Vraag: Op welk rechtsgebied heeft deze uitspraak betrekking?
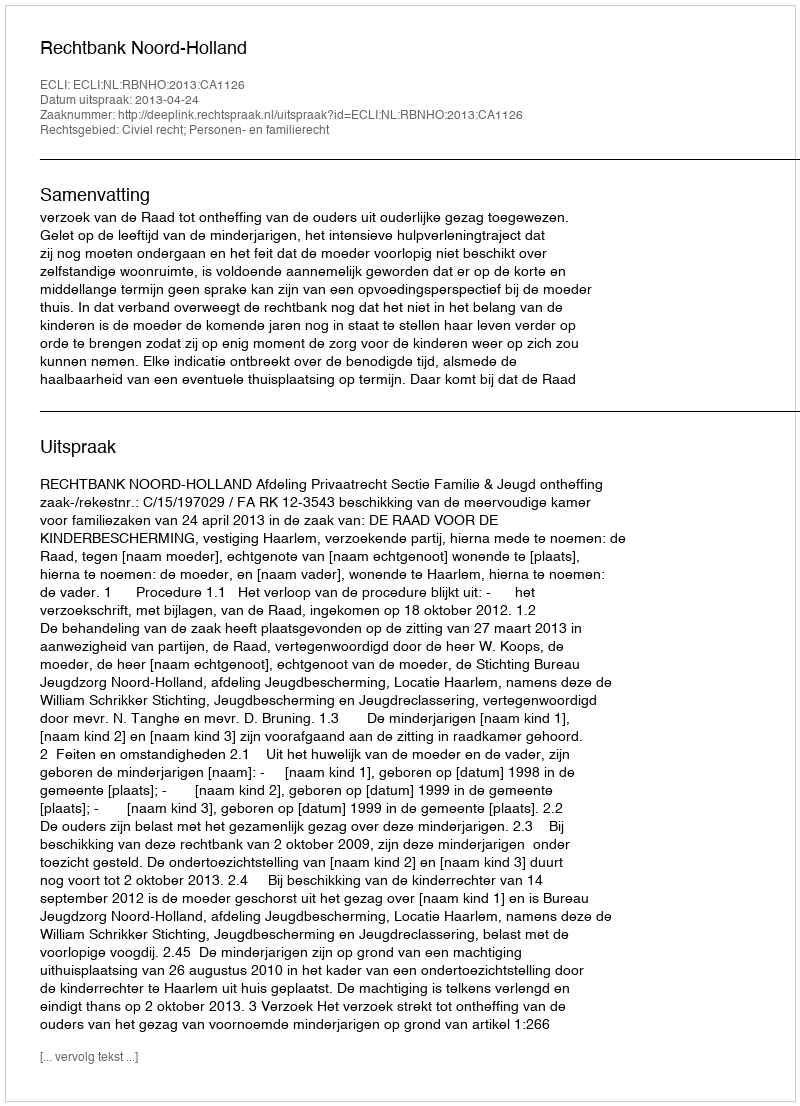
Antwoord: Civiel recht; Personen- en familierecht